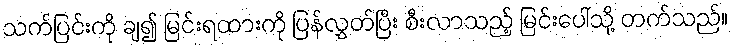
သက်ပြင်းကို ချ၍ မြင်းရထားကို ပြန်လွှတ်ပြီး စီးလာသည့် မြင်းပေါ်သို့ တက်သည်။